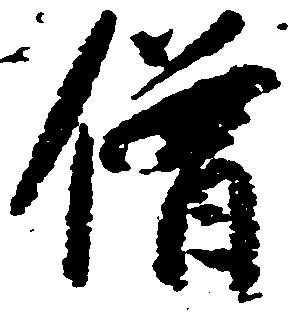
僧